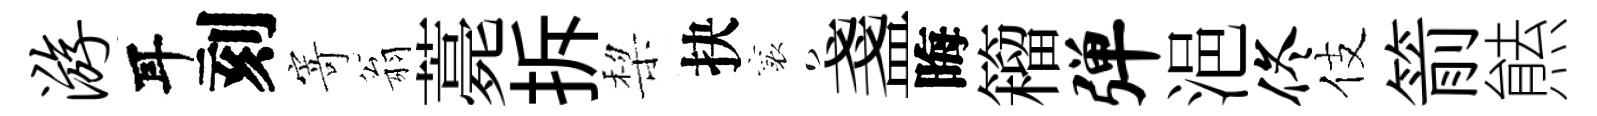
游耳刻寄翁薧拆棃抉襄盞晦籕弹浥佟伎箭㷱